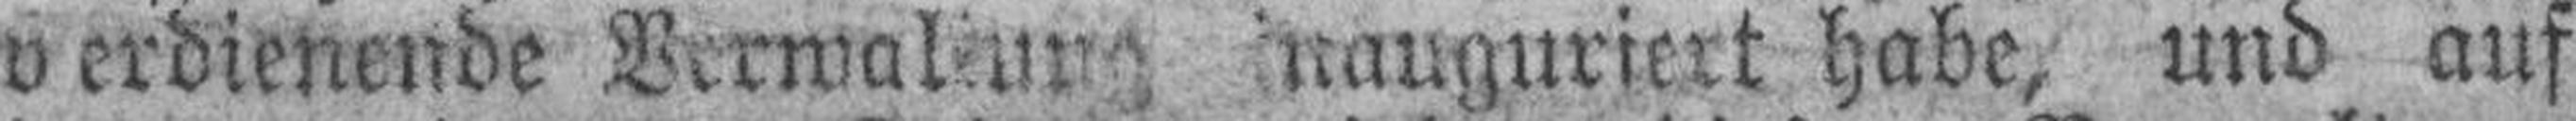
verdienende Verwaltung inauguriert habe, und auf